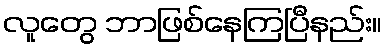
လူတွေ ဘာဖြစ်နေကြပြီနည်း။